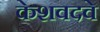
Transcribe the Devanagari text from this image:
केशवदवे